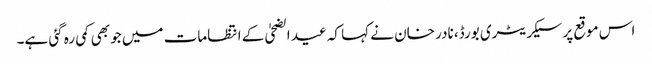
اس موقع پر سیکریٹری بورڈ، نادر خان نے کہا کہ عید الضحیٰ کے انتظامات میں جو بھی کمی رہ گئی ہے۔